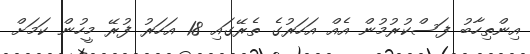
އިންތިހާބު ފަސްކުރުމުން އެއް އަހަރުގެ ތެރޭގައި 18 އަހަރު ފުރޭ މީހުން ކަމަށް